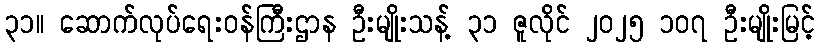
၃၁။ ဆောက်လုပ်ရေးဝန်ကြီးဌာန ဦးမျိုးသန့် ၃၁ ဇူလိုင် ၂၀၂၅ ၁၀၇ ဦးမျိုးမြင့်